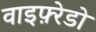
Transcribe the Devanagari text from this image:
वाइफ़्रेडो